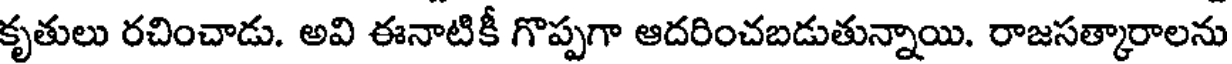
కృతులు రచించాడు. అవి ఈనాటికీ గొప్పగా ఆదరించబడుతున్నాయి. రాజసత్కారాలను